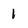
Character: 1